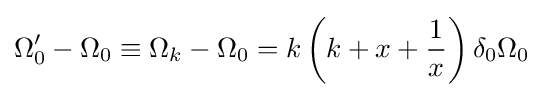
\Omega _{0}^{\prime }-\Omega _{0}\equiv \Omega _{k}-\Omega _{0}=k\left(k+x+{\frac {1}{x}}\right)\delta _{0}\Omega _{0}